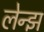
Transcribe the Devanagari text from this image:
लेन्झ